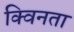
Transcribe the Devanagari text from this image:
क्विनता